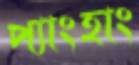
প্যাংহাং